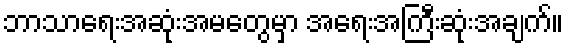
ဘာသာရေးအဆုံးအမတွေမှာ အရေးအကြီးဆုံးအချက်။